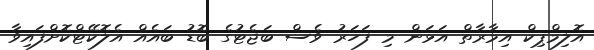
އޮލިމްޕިކް އިމާރާތް އަޅަން މި ފަހަރު ވެސް ބަޖެޓުގެ ބޮޑު ބައެއް އެލޮކޭޓްކޮށްފައިވާ